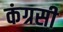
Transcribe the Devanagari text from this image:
कंग्रसी